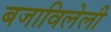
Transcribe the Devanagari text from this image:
बजाविलेली